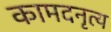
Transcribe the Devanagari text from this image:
कामदनृत्य